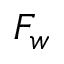
F _ { w }